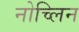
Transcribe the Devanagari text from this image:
नोच्लिन